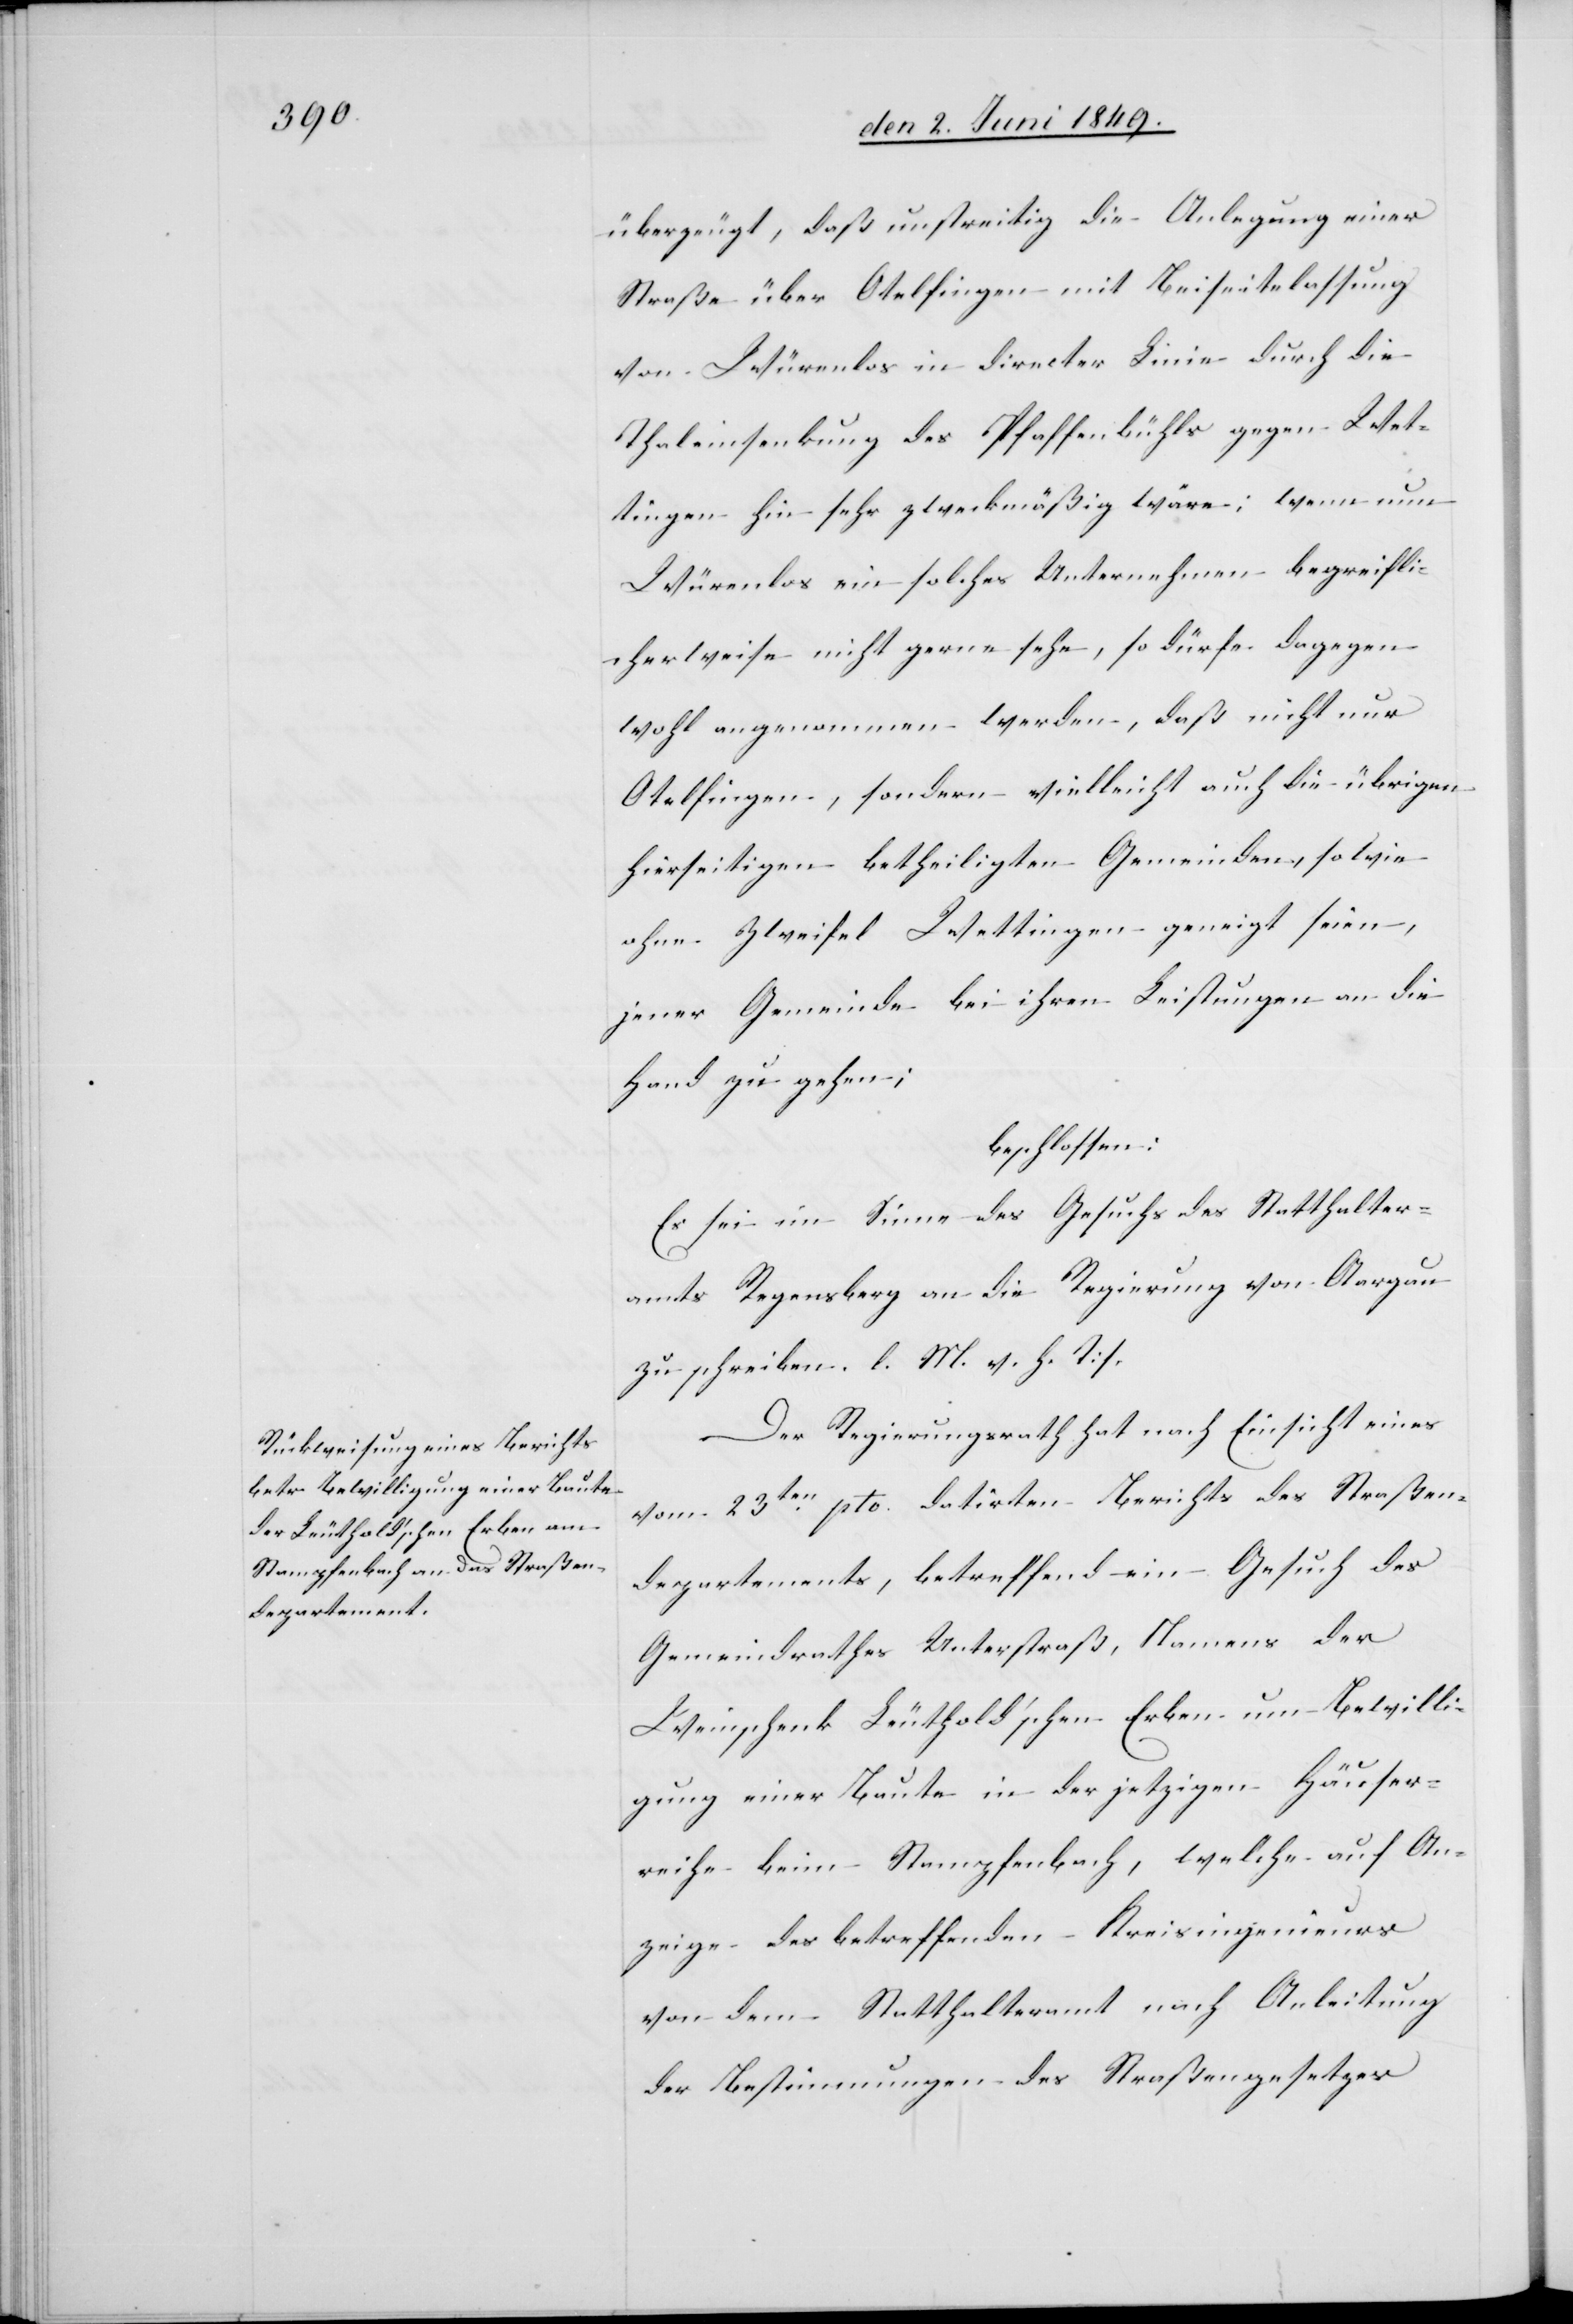
überzeugt, daß unstreitig die Anlegung einer
Straße über Otelfingen mit Beiseitelassung
von Würenlos in directer Linie durch die
Thaleinsenkung des Pfaffenbühls gegen Wet¬
tingen hin sehr zweckmäßig wäre: wenn nun
Würenlos ein solches Unternehmen begreifli¬
cherweise nicht gerne sehe, so dürfe dagegen
wohl angenommen werden, daß nicht nur
Otelfingen, sondern vielleicht auch die übrigen
hierseitigen betheiligten Gemeinden, so wie
ohne Zweifel Wettingen geneigt seien,
jener Gemeinde bei ihren Leistungen an die
Hand zu gehen;
beschlossen:
Es sei im Sinne des Gesuchs des Statthalter¬
amts Regensberg an die Regierung von Aargau
zu schreiben. []l. M. h. T][.]
Der Regierungsrath hat nach Einsicht eines
vom 23ten pto. datirten Berichts des Straßen¬
departements, betreffend ein Gesuch des
Gemeindrathes Unterstraß, Namens der
Weinschenk Leuthold’schen Erben um Bewilli¬
gung einer Baute in der jetzigen Häuser¬
reihe beim Stampfenbach, welche auf An¬
zeige des betreffenden Kreisingenieurs
von dem Statthalteramt nach Anleitung
der Bestimmungen des Straßengesetzes